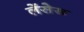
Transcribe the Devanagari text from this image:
लेंसेस